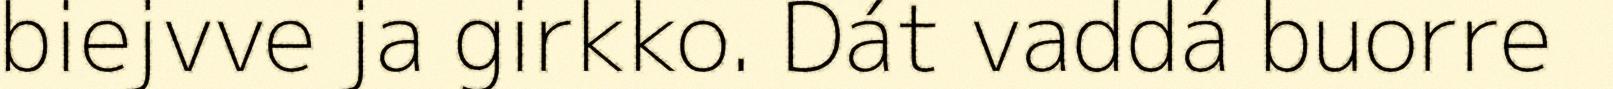
biejvve ja girkko. Dát vaddá buorre